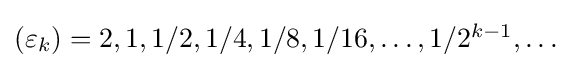
{\textstyle (\varepsilon _{k})=2,1,1/2,1/4,1/8,1/16,\ldots ,1/2^{k-1},\ldots }